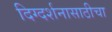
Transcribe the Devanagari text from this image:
दिग्दर्शनासाठीचा